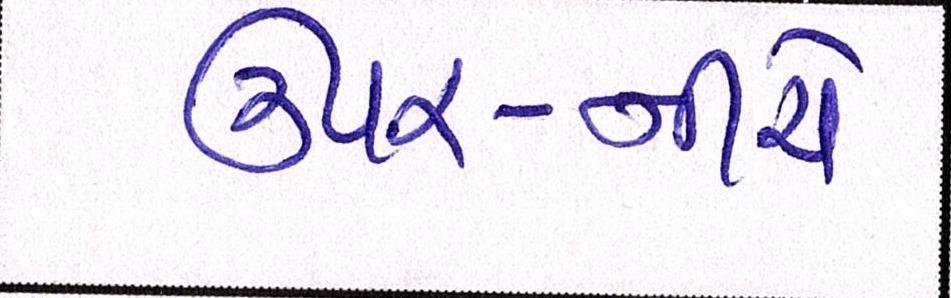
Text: ઉપર-નીચે